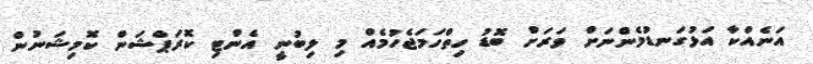
އަނެއްކާ އަޅުގަނޑުމެންނަށް ވަރަށް ބޮޑު ހިތްހަމަޖެހުމެއް މި ލިބުނީ އެންޓި ކޮރަޕްޝަން ކޮމިޝަނުން